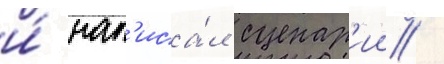
и́ нап'иса́л сценар'ии /